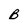
Character: B